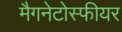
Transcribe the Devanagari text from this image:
मैगनेटोस्फीयर